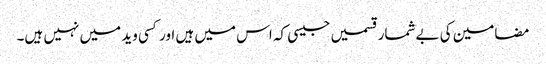
مضامین کی بےشمار قسمیں جیسی کہ اس میں ہیں اور کسی وید میں نہیں ہیں۔